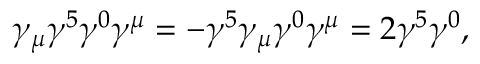
\gamma _ { \mu } \gamma ^ { 5 } \gamma ^ { 0 } \gamma ^ { \mu } = - \gamma ^ { 5 } \gamma _ { \mu } \gamma ^ { 0 } \gamma ^ { \mu } = 2 \gamma ^ { 5 } \gamma ^ { 0 } ,